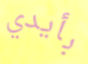
بأيدي